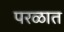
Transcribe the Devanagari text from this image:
परळात